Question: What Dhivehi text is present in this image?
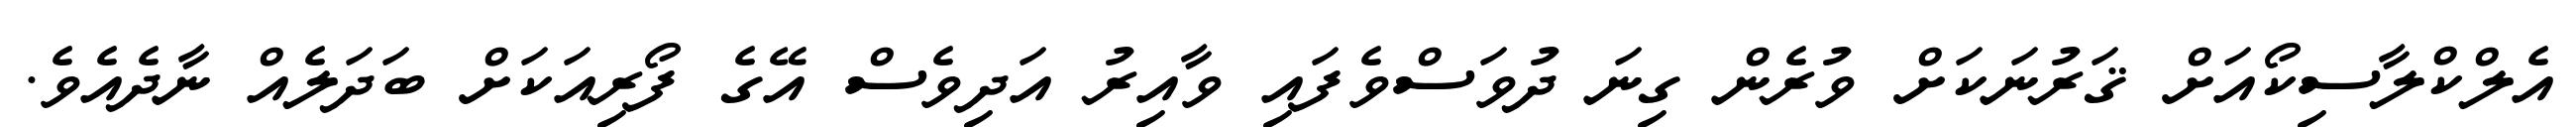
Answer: އެލްކްލާސިކޯއަށް ޤަރުނަކަށް ވުރެން ގިނަ ދުވަސްވެފައި ވާއިރު އަދިވެސް އޭގެ ފޯރިއަކަށް ބަދަލެއް ނާދެއެވެ.